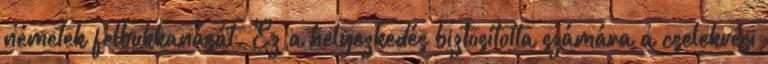
németek felbukkanását. Ez a helyezkedés biztosította számára a cselekvési